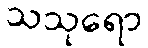
သသုရော